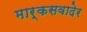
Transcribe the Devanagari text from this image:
मार्कसवादेर